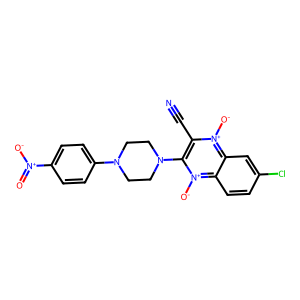
SMILES: N#Cc1c(N2CCN(c3ccc([N+](=O)[O-])cc3)CC2)[n+]([O-])c2ccc(Cl)cc2[n+]1[O-]
Inhibits HIV replication: No